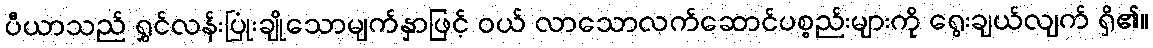
ပီယာသည် ရွှင်လန်းပြုံးချိုသောမျက်နှာဖြင့် ဝယ် လာသောလက်ဆောင်ပစ္စည်းများကို ရွေးချယ်လျက် ရှိ၏။